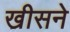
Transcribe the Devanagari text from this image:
खीसने